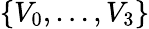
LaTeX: \{ V_{0},\ldots,V_{3}\}